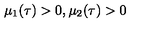
\mu _ { 1 } ( \tau ) > 0 , \mu _ { 2 } ( \tau ) > 0